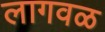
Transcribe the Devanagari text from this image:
लागवळ